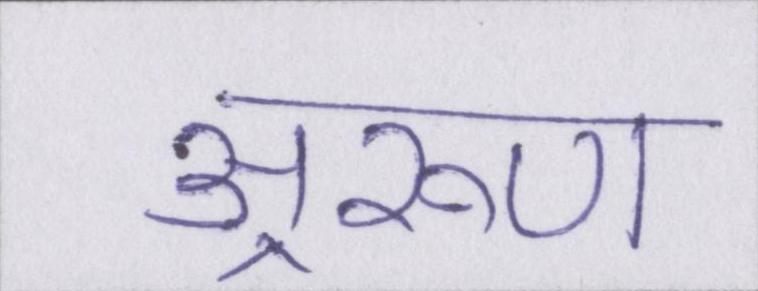
अ्ररूण